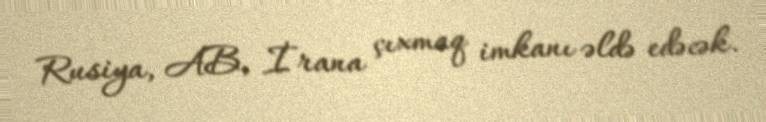
Rusiya, AB, İrana çıxmaq imkanı əldə edəcək.